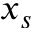
x _ { s }